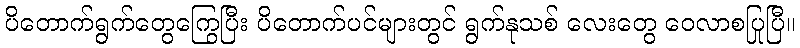
ပိတောက်ရွက်တွေကြွေပြီး ပိတောက်ပင်များတွင် ရွက်နုသစ် လေးတွေ ဝေလာစပြုပြီ။